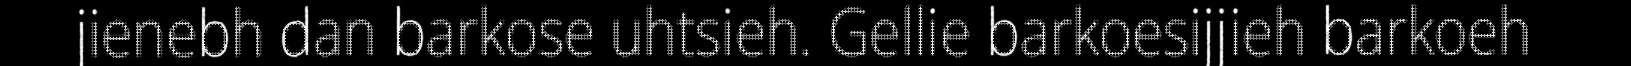
jienebh dan barkose uhtsieh. Gellie barkoesijjieh barkoeh